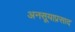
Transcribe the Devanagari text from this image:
अनसूयाप्रसाद